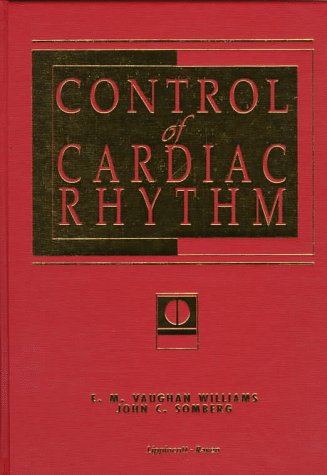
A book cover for Control of Cardiac Rhythm; E. M. Williamson; Medical Books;